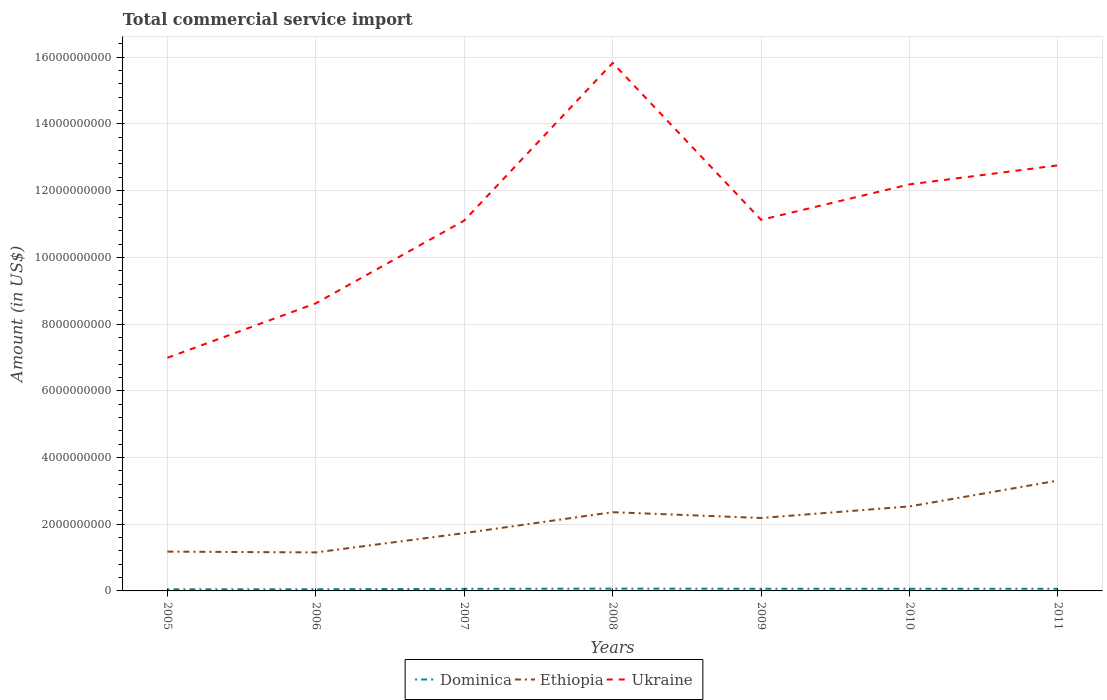
| Years | Dominica | Ethiopia | Ukraine |
 | --- | --- | --- | --- |
 | 2005 | 4.81e+07 | 1.18e+09 | 6.99e+09 |
 | 2006 | 5.03e+07 | 1.15e+09 | 8.62e+09 |
 | 2007 | 6.27e+07 | 1.73e+09 | 1.11e+10 |
 | 2008 | 6.89e+07 | 2.36e+09 | 1.58e+10 |
 | 2009 | 6.5e+07 | 2.19e+09 | 1.11e+10 |
 | 2010 | 6.53e+07 | 2.53e+09 | 1.22e+10 |
 | 2011 | 6.43e+07 | 3.31e+09 | 1.28e+10 |